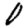
Digit: 0